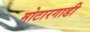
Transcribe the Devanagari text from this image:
मोटारगाडी